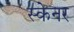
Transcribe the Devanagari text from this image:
स्‍केनर